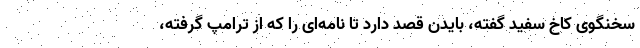
سخنگوی کاخ سفید گفته، بایدن قصد دارد تا نامه‌ای را که از ترامپ گرفته،